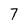
Character: 7